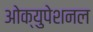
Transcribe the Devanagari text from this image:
ओक्युपेशनल